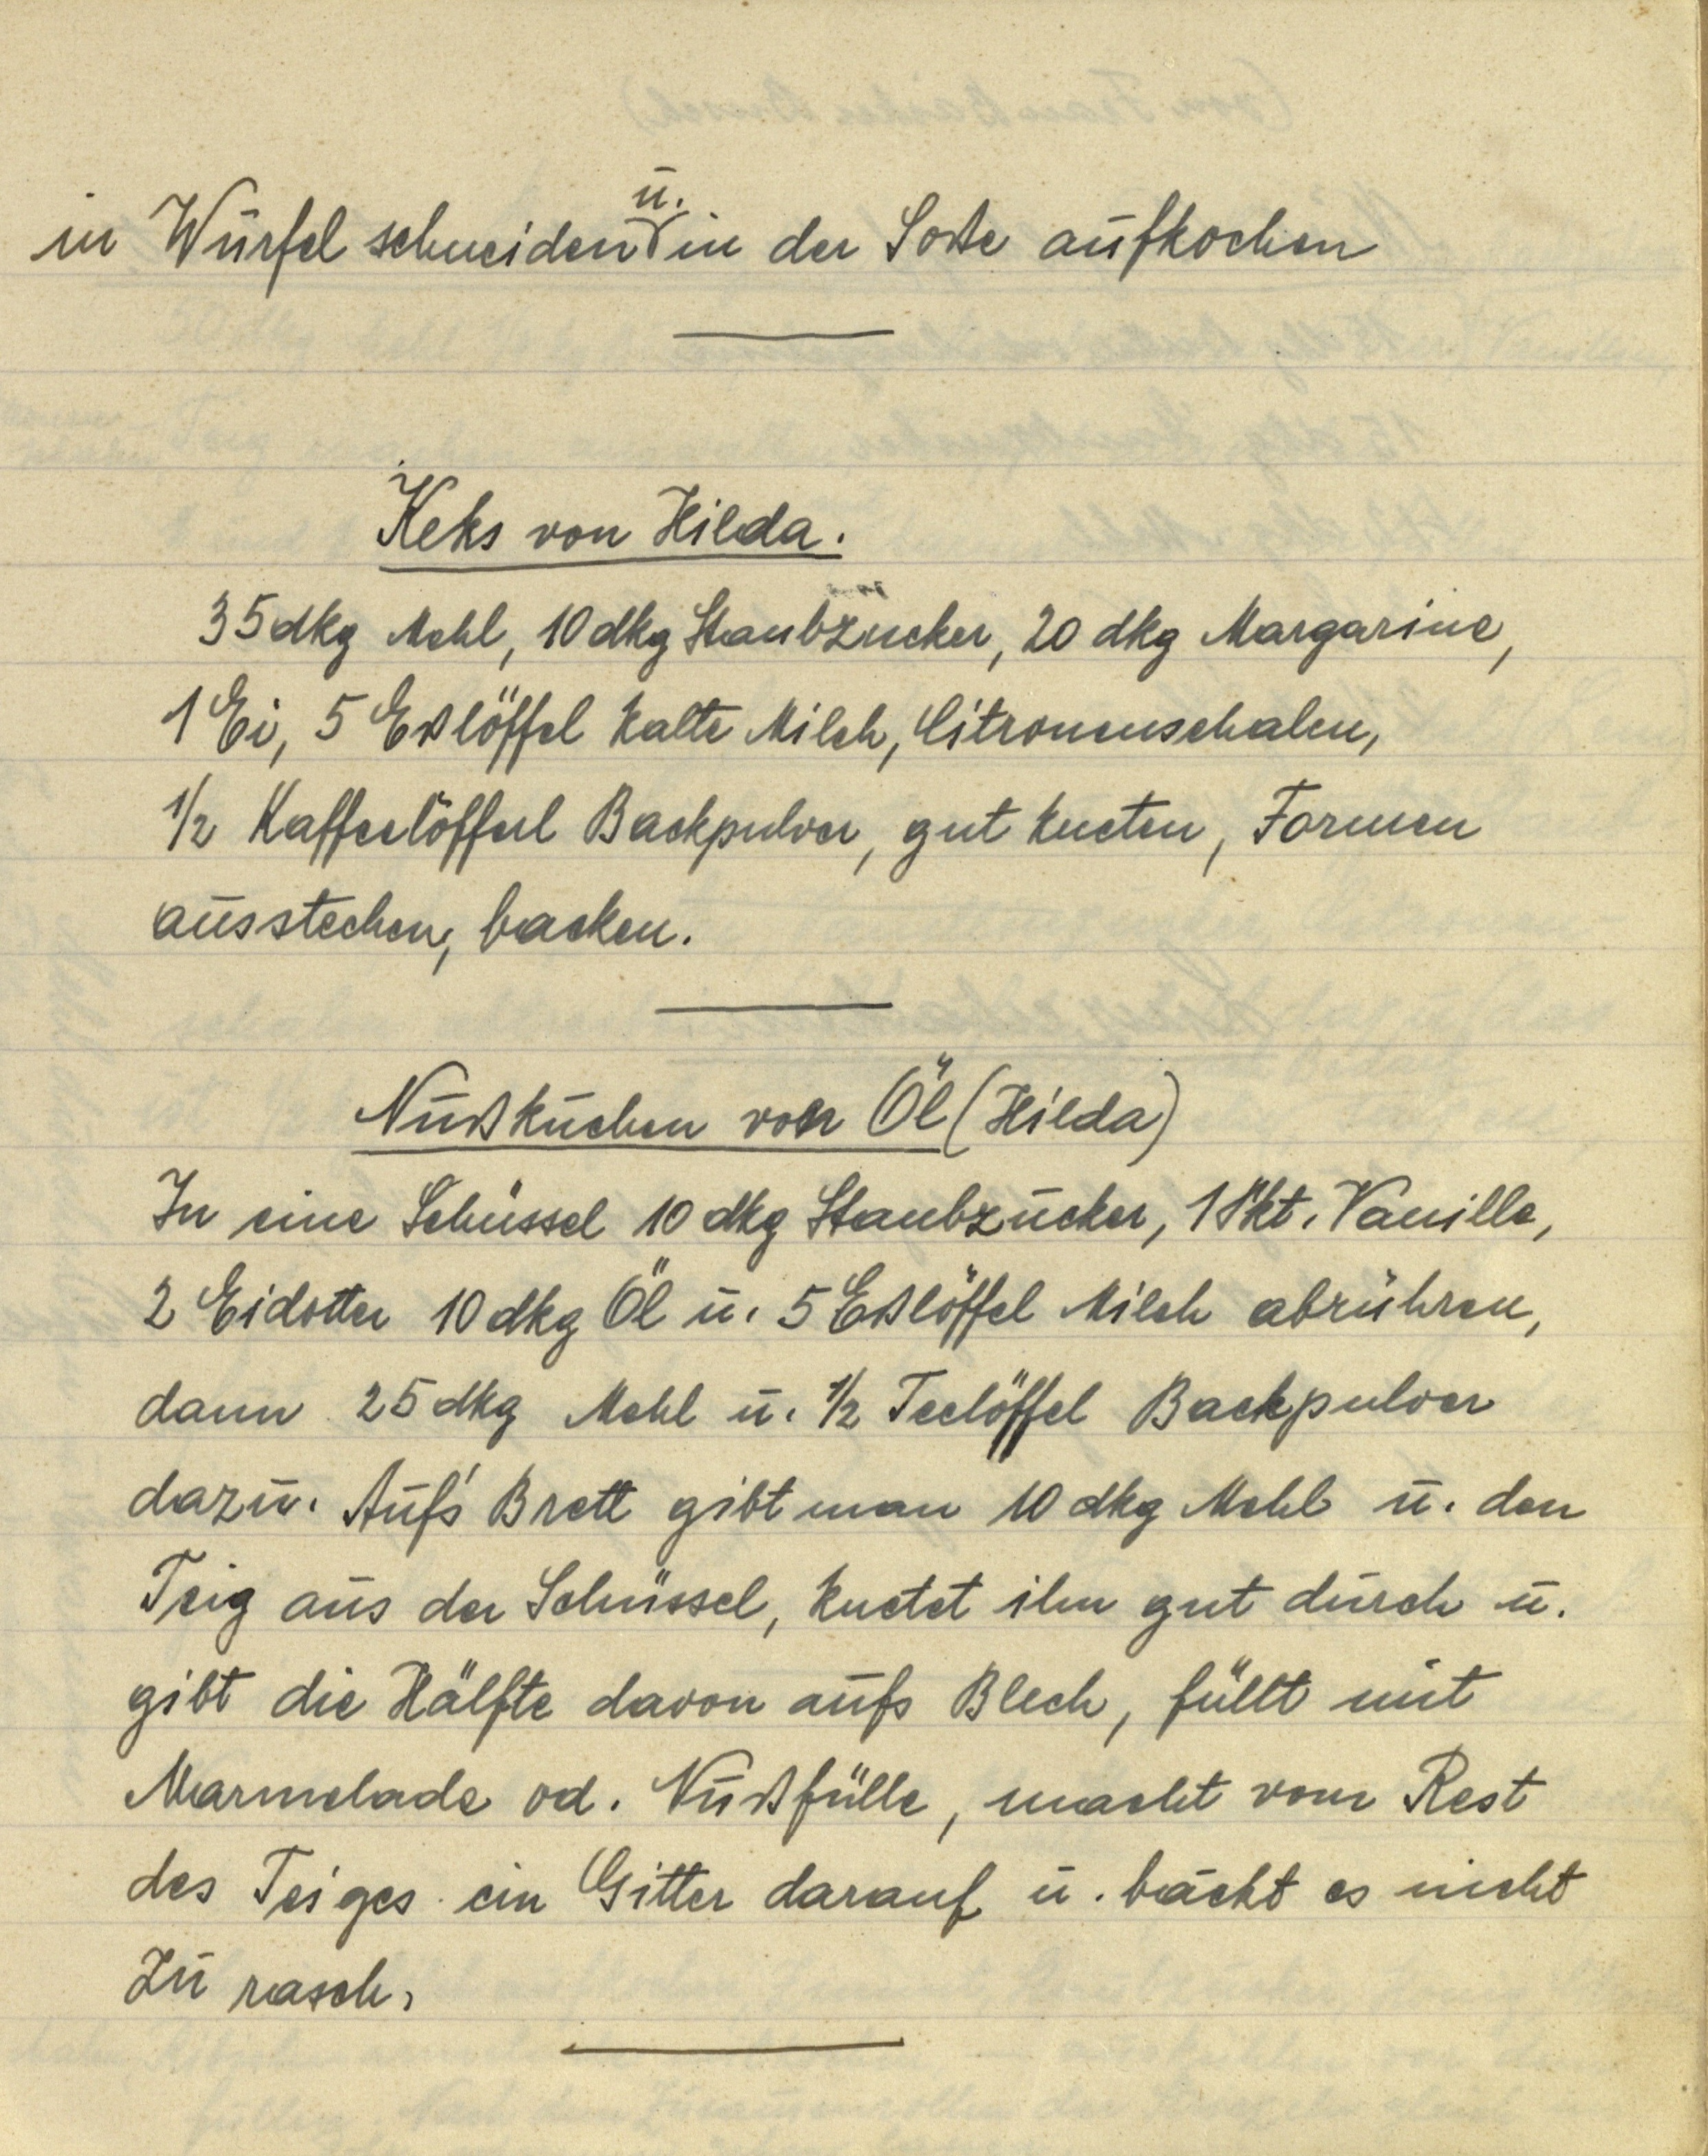
in Würfel schneiden u. in der Soße aufkochen

Keks von Hilda.
35 dkg Mehl, 10 dkg Staubzucker, 20 dkg Margarine,
1 Ei, 5 Eßlöffel kalte Milch, Citronenschalen,
½ Kaffeelöffel Backpulver, gut kneten, Formen
ausstechen, backen.

Nußkuchen von Öl (Hilda)
In eine Schüssel 10 dkg Staubzucker, 1 Pkt. Vanille,
2 Eidotter 10 dkg Öl u. 5 Eßlöffel Milch abrühren,
dann 25 dkg Mehl u. ½ Teelöffel Backpulver
dazu. Auf's Brett gibt man 10 dkg Mehl u. den
Teig aus der Schüssel, knetet ihn gut durch u.
gibt die Hälfte davon aufs Blech, füllt mit
Marmelade od. Nußfülle, macht vom Rest
des Teiges ein Gitter darauf u. bäckt es nicht
zu rasch.